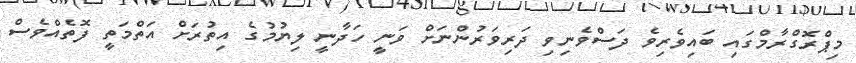
މިޕްރޮގްރާމްގައި ބައިވެރިވެ ދަސްވެނިވި ދަރިވަރުންނަށް ވަނީ ހަދާނީ ލިޔުމުގެ އިތުރަށް އަތްމަތީ ފޮތެއްވެސް